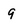
Character: 9